Report of the Indian Hemp Drugs Commission, 1894-1895 - Volume V
Year: 1894
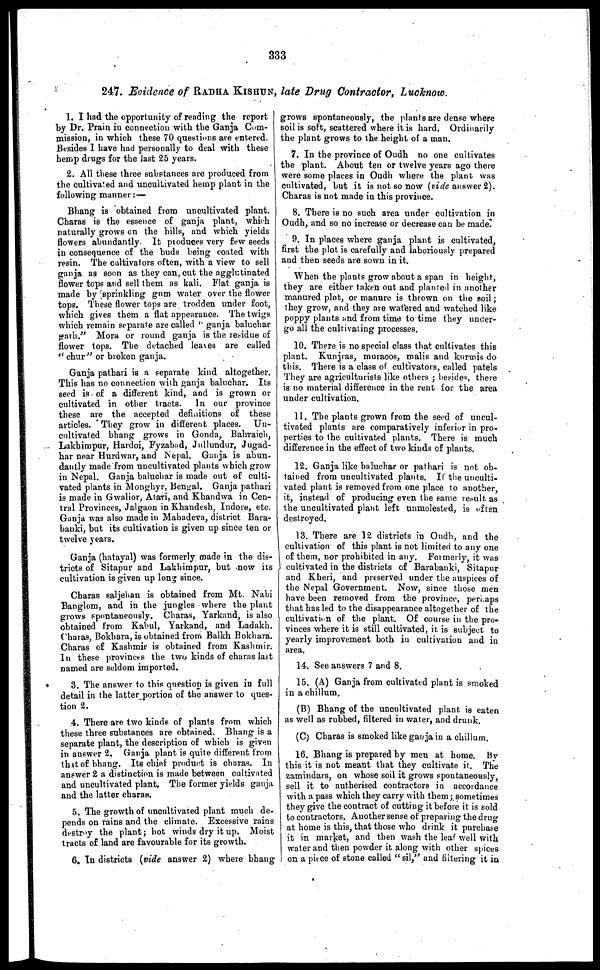
333
247. Evidence of RADHA KISHUN, late Drug Contractor, Lucknow.
1. I had the opportunity of reading the report
by Dr. Prain in connection with the Ganja Com-
mission, in which these 70 questions are entered.
Besides 1 have had personally to deal with these
hemp drugs for the last 25 years.
2. All these three substances are produced from
the cultivated and uncultivated hemp plant in the
following manner :—
Bhang is obtained from uncultivated plant.
Charas is the essence of ganja plant, which
naturally grows on the hills, and which yields
flowers abundantly. It produces very few seeds
in consequence of the buds being coated with
resin. The cultivators often, with a view to sell
ganja as soon as they can, cut the agglutinated
flower tops and sell them as kali. Flat ganja is
made by sprinkling gum water over the flower
tops. These flower top9 are trodden under foot,
which gives them a flat appearance. The twigs
which remain separate are called "ganja baluchar
garh." Mora or round ganja is the residue of
flower tops. The detached leaves are called
"chur" or broken ganja.
Ganja pathari is a separate kind altogether.
This has no connection with ganja baluchar. Its
seed is of a different kind, and is grown or
cultivated in other tracts. In our province
these are the accepted definitions of these
articles. * They grow in different places. Un-
cultivated bhang grows in Gonda, Bahraich,
Lakhimpur, Hardoi, Fyzabad, Jullundur, Jugad-
har near Hurdwar, and Nepal. Ganja is abun-
dantly made from uncultivated plants which grow
in Nepal. Ganja baluchar is made out of culti-
vated plants in Monghyr, Bengal. Ganja pathari
is made in Gwalior, Atari, and Khandwa in Cen-
tral Provinces, Jalgaon in Khandesh, Indore, etc.
Ganja was also made in Mahadeva, district Bara-
banki, but its cultivation is given up since ten or
twelve years.
Ganja (hatayal) was formerly made in the dis-
tricts of Sitapur and Lakhimpur, but now its
cultivation is given up long since.
Charas saljehan is obtained from Mt. Nabi
Banglom, and in the jungles where the plant
grows spontaneously. Charas, Yarkand, is also
obtained from Kabul, Yarkand, and Ladakh.
Charas, Bokhara, is obtained from Balkh Bokhara.
Charas of Kashmir is obtained from Kashmir.
In these provinees the two kinds of charas last
named are seldom imported.
3. The answer to this question is given in full
detail in the latter portion of the answer to ques-
tion 2.
4. There are two kinds of plants from which
these three substances are obtained. Bhang is a
separate plant, the description of which is given
in answer 2. Ganja plant is quite different from
that of bhang. Its chief product is charas. In
answer 2 a distinction is made between cultivated
and uncultivated plant. The former yields ganja
and the latter charas.
5. The growth of uncultivated plant much de-
pends on rains and the climate. Excessive rains
destroy the plant; hot winds dry it up. Moist
tracts of land are favourable for its growth.
6. In districts (vide answer 2) where bhang
grows spontaneously, the plants are dense where
soil is soft, scattered where it is hard. Ordinarily
the plant grows to the height of a man.
7. In the province of Oudb no one cultivates
the plant. About ten or twelve years ago there
were some places in Oudh where the plant was
cultivated, but it is not so now (vide answer 2).
Charas is not made in this province.
8. There is no such area under cultivation in
Oudh, and so no increase or decrease can be made.
9. In places where ganja plant is cultivated,
first the plot is carefully and laboriously prepared
and then seeds are sown in it.
When the plants grow about a span in height,
they are either taken out and planted in another
manured plot, or manure is thrown on the soil ;
they grow, and they are watered and watched like
poppy plants and from time to time they under-
go all the cultivating processes.
10. There is no special class that cultivates this
plant. Kunjras, muraoos, malis and kurmis do
this. There is a class of cultivators, called patels
They are agriculturists like others ; besides, there
is no material difference in the rent for the area
under cultivation.
11. The plants grown from the seed of uncul-
tivated plants are comparatively inferior in pro-
perties to the cultivated plants. There is much
difference in the effect of two kinds of plants.
12. Ganja like baluchar or pathari is not ob-
tained from uncultivated plants. If the unculti-
vated plant is removed from one place to another
it, instead of producing even the same result as
the uncultivated plant left unmolested, is oftan
destroyed.
13. There are 12 districts in Oudh, and the
cultivation of this plant is not limited to any one
of them, nor prohibited in any. Formerly, it was
cultivated in the districts of Barabanki, Sitapur
and Kheri, and preserved under the auspices of
the Nepal Government. Now, since those men
have been removed from the province, perhaps
that has led to the disappearance altogether of the
cultivation of the plant. Of course in the pro-
vinces where it is still cultivated, it. is subject to
yearly improvement both in cultivation and in
area.
14. See answers 7 and 8.
15. (A) Ganja from cultivated plant is smoked
in a chillum.
(B) Bhang of the uncultivated plant is eaten
as well as rubbed, filtered in water, and drunk.
(C) Charas is smoked like ganja in a chillum.
16. Bhang is prepared by men at home. By
this it is not meant that they cultivate it. The
zamindars, on whose soil it grows spontaneously,
sell it to autherised contractors in accordance
with a pass which they carry with them ; sometimes
they give the contract of cutting it before it is sold
to contractors. Another sense of preparing the drug
at home is this, that those who drink it purchase
it in market, and then wash the leaf well with
water and then powder it along with other spices
on a piece of stone called "sil," and filtering it in